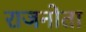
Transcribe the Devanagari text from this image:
राजनोता